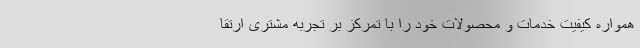
همواره کیفیت خدمات و محصولات خود را با تمرکز بر تجربه مشتری ارتقا